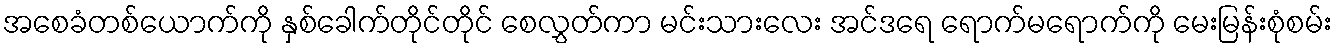
အစေခံတစ်ယောက်ကို နှစ်ခေါက်တိုင်တိုင် စေလွှတ်ကာ မင်းသားလေး အင်ဒရေ ရောက်မရောက်ကို မေးမြန်းစုံစမ်း